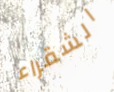
الشقراء